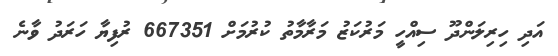
އަދި ހިރިލަންދޫ ސިއްހީ މަރުކަޒު މަރާމާތު ކުރުމަށް 667351 ރުފިޔާ ހަރަދު ވާނެ